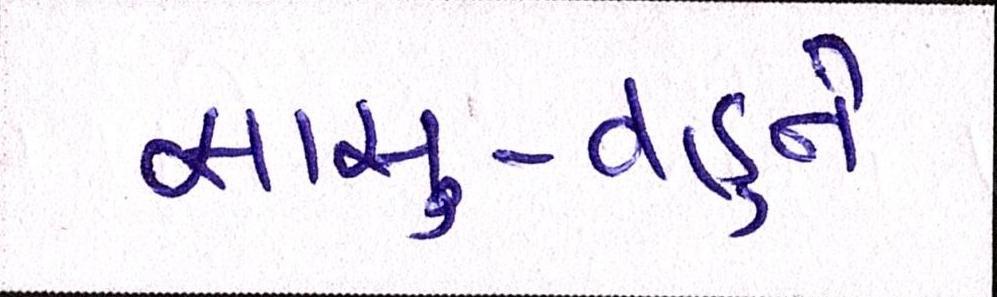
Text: સાસુ-વહુને